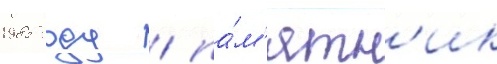
1985 году / па́м'ятн'ик